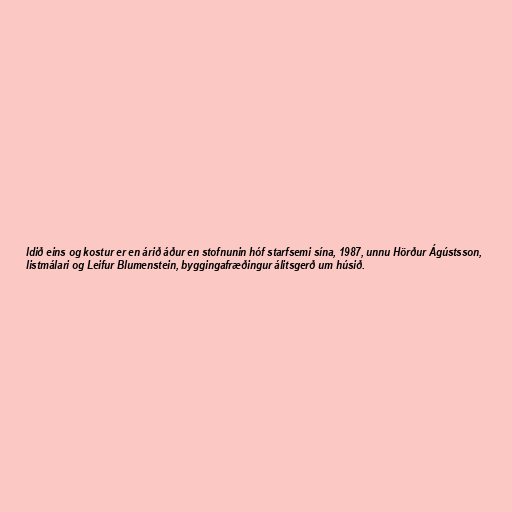
ldið eins og kostur er en árið áður en stofnunin hóf starfsemi sína, 1987, unnu Hörður Ágústsson,
listmálari og Leifur Blumenstein, byggingafræðingur álitsgerð um húsið.